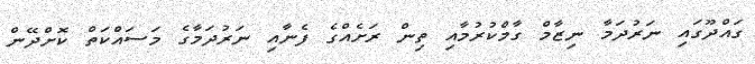
ގައްދޫގައި ނަރުދަމާ ނިޒާމް ގާމްކުރުމާއި ތިން ރަށެއްގެ ފެނާއި ނަރުދަމާގެ މަސައްކަތް ކޮށްދޭން